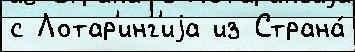
с Лотар'инг'иjа из Страна́